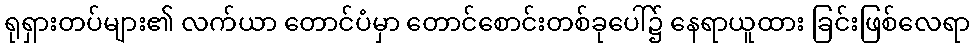
ရုရှားတပ်များ၏ လက်ယာ တောင်ပံမှာ တောင်စောင်းတစ်ခုပေါ်၌ နေရာယူထား ခြင်းဖြစ်လေရာ